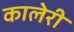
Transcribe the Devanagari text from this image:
कालेरी